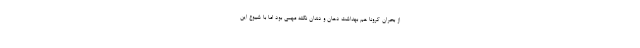
از بحران کرونا هم بهداشت دهان‌ و دندان نکته مهمی بود اما با شیوع این